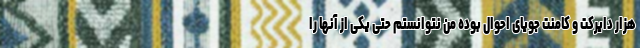
هزار دایرکت و کامنت جویای احوال بوده من نتوانستم حتی یکی از آنها را